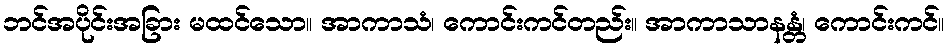
ဘင်အပိုင်းအခြား မထင်သော။ အာကာသံ၊ ကောင်းကင်တည်း။ အာကာသာနန္တံ၊ ကောင်းကင်။